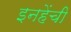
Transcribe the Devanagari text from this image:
इनहेंची